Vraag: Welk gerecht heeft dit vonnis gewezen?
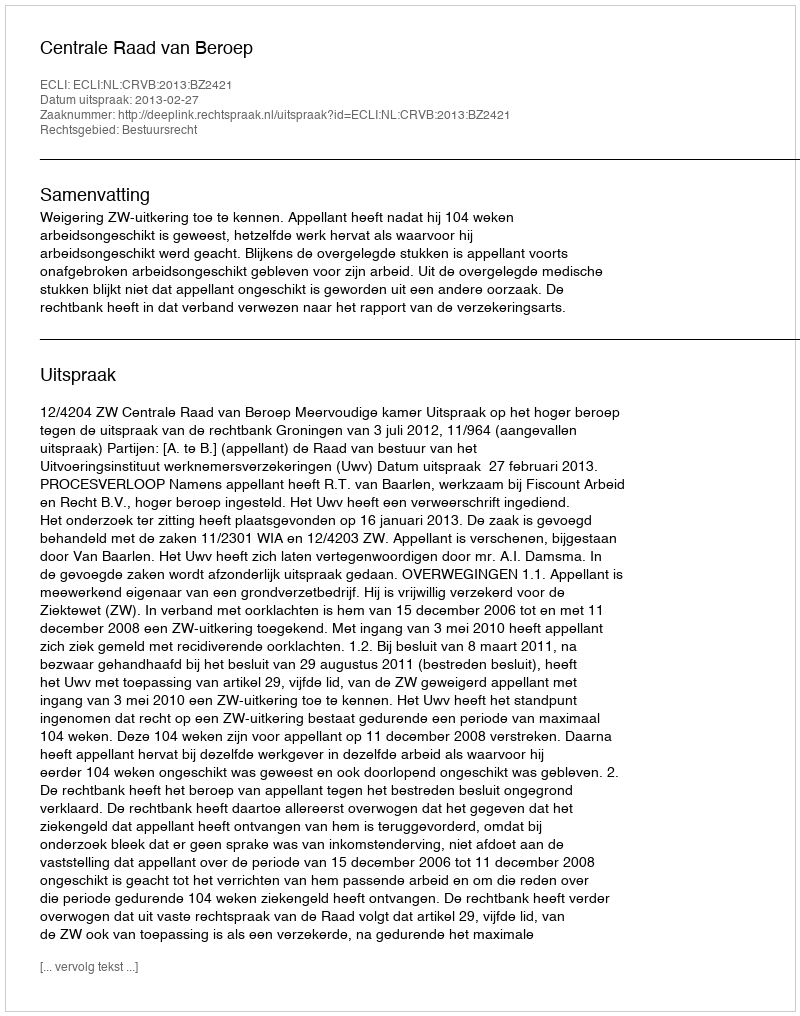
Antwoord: Centrale Raad van Beroep